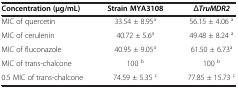
| Concentration (μg/mL) | Strain MYA3108 | ΔTruMDR2 |
 | --- | --- | --- |
 | MIC of quercetin | 33.54 ± 8.95a | 56.15 ± 4.06 a |
 | MIC of cerulenin | 40.72 ± 5.6a | 49.48 ± 8.24 a |
 | MIC of fluconazole | 40.95 ± 9.05a | 61.50 ± 6.73a |
 | MIC of trans-chalcone | 100 b | 100 b |
 | 0.5 MIC of trans-chalcone | 74.59 ± 5.35 c | 77.85 ± 15.73 c |